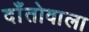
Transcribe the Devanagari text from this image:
दाँतोवाला